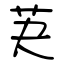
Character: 芵